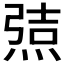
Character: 𰟆